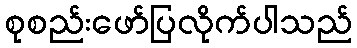
စုစည်းဖော်ပြလိုက်ပါသည်